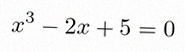
x^3-2x+5=0